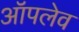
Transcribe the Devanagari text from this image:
ऑपलेव